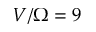
V / \Omega = 9